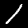
Label: 1